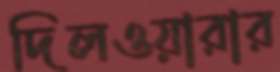
দিলওয়ারার